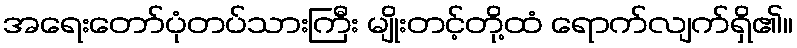
အရေးတော်ပုံတပ်သားကြီး မျိုးတင့်တို့ထံ ရောက်လျက်ရှိ၏။